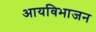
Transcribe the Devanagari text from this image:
आयविभाजन